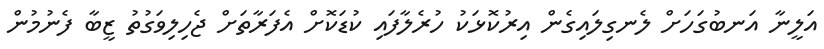
އަލީނާ އަނބުގަހަށް ލެނގިލައިގެން އިރުކޮޅަކު ހުރެލާފައި ކުޑަކޮށް އެފަރާތަށް ޖެހިލިވަގުތު ޒީބާ ފެނުމުން